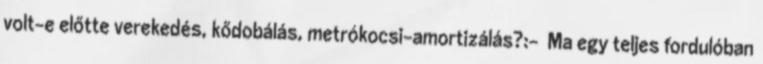
volt-e előtte verekedés, kődobálás, metrókocsi-amortizálás?:- Ma egy teljes fordulóban